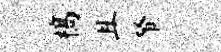
槁且帑